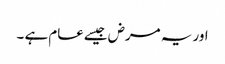
اور یہ مرض جیسےعام ہے ۔